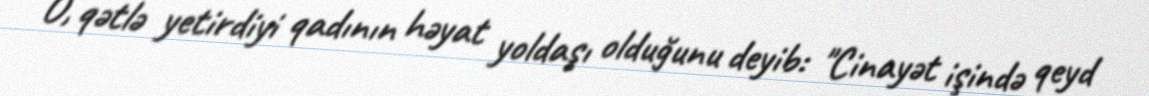
O, qətlə yetirdiyi qadının həyat yoldaşı olduğunu deyib: "Cinayət işində qeyd